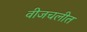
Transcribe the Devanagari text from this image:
वीजचलीत